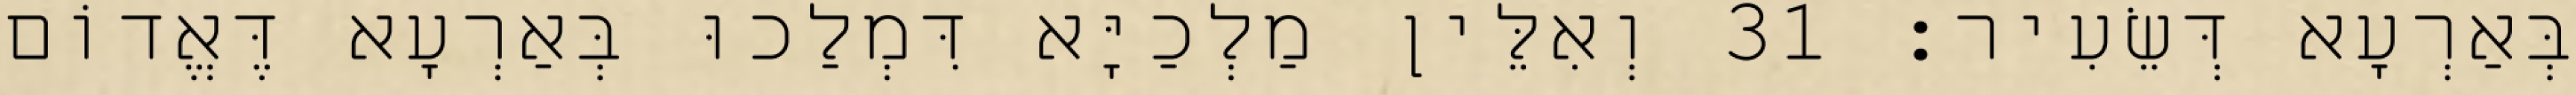
בְּאַרְעָא דְּשֵׂעִיר׃ 31 וְאִלֵּין מַלְכַיָּא דִּמְלַכוּ בְּאַרְעָא דֶּאֱדוֹם